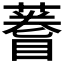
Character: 𫉫